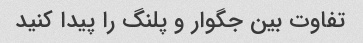
تفاوت بین جگوار و پلنگ را پیدا کنید